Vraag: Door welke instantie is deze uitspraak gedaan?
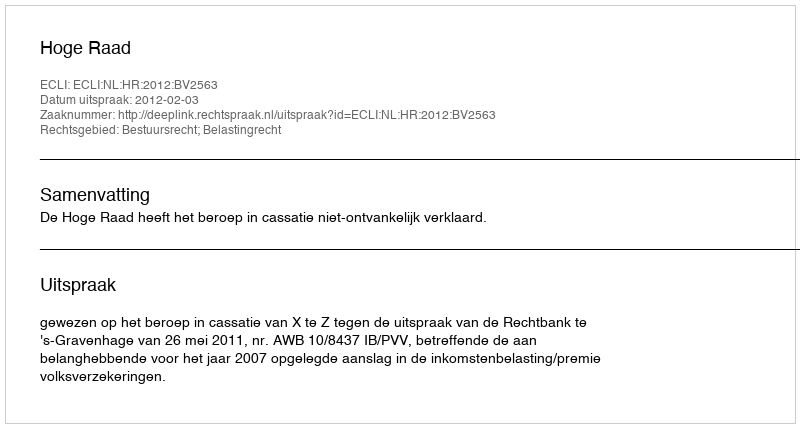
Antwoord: Hoge Raad